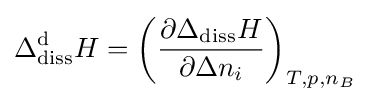
\Delta _{\text{diss}}^{\text{d}}H=\left({\frac {\partial \Delta _{\text{diss}}H}{\partial \Delta n_{i}}}\right)_{T,p,n_{B}}